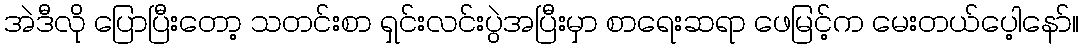
အဲဒီလို ပြောပြီးတော့ သတင်းစာ ရှင်းလင်းပွဲအပြီးမှာ စာရေးဆရာ ဖေမြင့်က မေးတယ်ပေ့ါနော်။